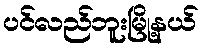
ပင်လည်ဘူးမြို့နယ်